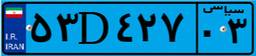
۸۰D۲۵۰۹۰